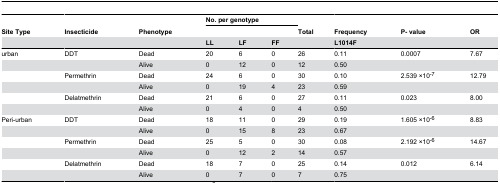
<table><thead><tr><td><b>Site Type</b></td><td><b>Insecticide</b></td><td><b>Phenotype</b></td><td colspan="3"><b>No. per genotype</b></td><td><b>Total</b></td><td><b>Frequency</b></td><td><b>P- value</b></td><td><b>OR</b></td></tr><tr><td></td><td></td><td></td><td><b>LL</b></td><td><b>LF</b></td><td><b>FF</b></td><td></td><td><b>L1014F</b></td><td></td><td></td></tr></thead><tbody><tr><td>urban</td><td>DDT</td><td>Dead</td><td>20</td><td>6</td><td>0</td><td>26</td><td>0.11</td><td>0.0007</td><td>7.67</td></tr><tr><td></td><td></td><td>Alive</td><td>0</td><td>12</td><td>0</td><td>12</td><td>0.50</td><td></td><td></td></tr><tr><td></td><td>Permethrin</td><td>Dead</td><td>24</td><td>6</td><td>0</td><td>30</td><td>0.10</td><td>2.539 ×10<sup>-7</sup></td><td>12.79</td></tr><tr><td></td><td></td><td>Alive</td><td>0</td><td>19</td><td>4</td><td>23</td><td>0.59</td><td></td><td></td></tr><tr><td></td><td>Delatmethrin</td><td>Dead</td><td>21</td><td>6</td><td>0</td><td>27</td><td>0.11</td><td>0.023</td><td>8.00</td></tr><tr><td></td><td></td><td>Alive</td><td>0</td><td>4</td><td>0</td><td>4</td><td>0.50</td><td></td><td></td></tr><tr><td>Peri-urban</td><td>DDT</td><td>Dead</td><td>18</td><td>11</td><td>0</td><td>29</td><td>0.19</td><td>1.605 ×10<sup>-6</sup></td><td>8.83</td></tr><tr><td></td><td></td><td>Alive</td><td>0</td><td>15</td><td>8</td><td>23</td><td>0.67</td><td></td><td></td></tr><tr><td></td><td>Permethrin</td><td>Dead</td><td>25</td><td>5</td><td>0</td><td>30</td><td>0.08</td><td>2.192 ×10<sup>-6</sup></td><td>14.67</td></tr><tr><td></td><td></td><td>Alive</td><td>0</td><td>12</td><td>2</td><td>14</td><td>0.57</td><td></td><td></td></tr><tr><td></td><td>Delatmethrin</td><td>Dead</td><td>18</td><td>7</td><td>0</td><td>25</td><td>0.14</td><td>0.012</td><td>6.14</td></tr><tr><td></td><td></td><td>Alive</td><td>0</td><td>7</td><td>0</td><td>7</td><td>0.75</td><td></td><td></td></tr></tbody></table>